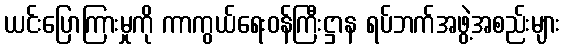
ယင်းပြောကြားမှုကို ကာကွယ်ရေးဝန်ကြီးဋ္ဌာန ရပ်ဘက်အဖွဲ့အစည်းများ